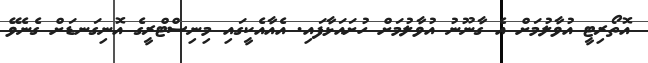
އޮތޯރިޓީ އުވާލުމަށް އެ ގާނޫނު އުވާލުމަށް ހުށައަޅާފައި. އެއާއެކީގައި މިނިސްޓްރީގެ އޮނިގަނޑަށް ގެނެވޭ